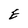
Character: E